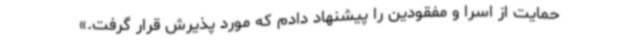
حمایت از اسرا و مفقودین را پیشنهاد دادم که مورد پذیرش قرار گرفت.»